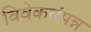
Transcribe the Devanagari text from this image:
विवेकसंपन्न